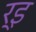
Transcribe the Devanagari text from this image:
र्इ